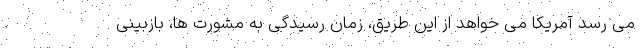
می رسد آمریکا می خواهد از این طریق، زمان رسیدگی به مشورت ها، بازبینی